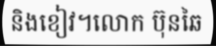
និងខៀវ។លោក ប៊ុនឆៃ